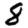
Digit: 8